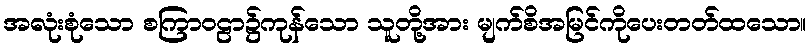
အလုံးစုံသော စကြာဝဠာ၌ကုန်သော သူတို့အား မျက်စိအမြင်ကိုပေးတတ်ထသော။